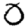
Digit: 0